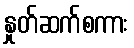
နှုတ်ဆက်စကား